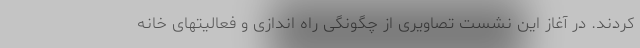
کردند. در آغاز این نشست تصاویری از چگونگی راه اندازی و فعالیتهای خانه